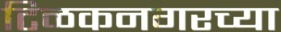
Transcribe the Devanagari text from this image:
टिळकनगरच्या